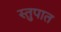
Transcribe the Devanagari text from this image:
स्तुपात